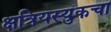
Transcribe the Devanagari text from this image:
क्षत्रियस्युकचा